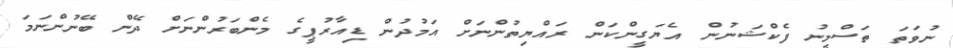
ނުވަތަ ތަސްމީނު ފެކްޝަނުން އެޔަގީންކަން ރައްޔިތުންނަށް އަމުދުން ޑިއާރުޕީގެ މެންބަރުންނަށް ދޭން ބޭނުންނަމަ